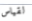
لقياس